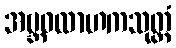
အဗ္ဘဝလာဟကသုတ္တံ